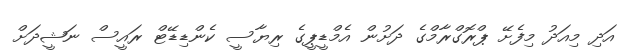
އަދި މިއަދު މިފެށޭ ޕްރޮގްރާމްގެ ދަށުން އެމްޑީޕީގެ ރިޔާސީ ކެންޑިޑޭޓް ރައީސް ނަޝީދަށް